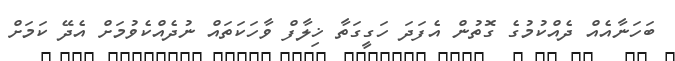
ބަހަނާއެއް ދެއްކުމުގެ ގޮތުން އެފަދަ ހަގީގަތާ ޚިލާފް ވާހަކަތައް ނުދެއްކެވުމަށް އެދޭ ކަމަށް